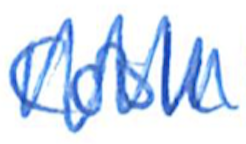
Text: Cook
Cross-out: zig-zag
Writing tool: ballpoint